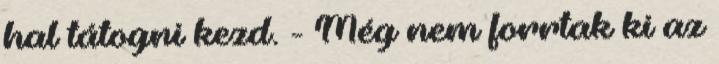
hal tátogni kezd. - Még nem forrtak ki az